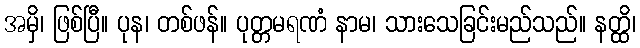
အမှိ၊ ဖြစ်ပြီ။ ပုန၊ တစ်ဖန်။ ပုတ္တမရဏံ နာမ၊ သားသေခြင်းမည်သည်။ နတ္ထိ၊